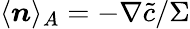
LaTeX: \langle\boldsymbol{n}\rangle_{A}=-\nabla\widetilde{c}/{\Sigma}